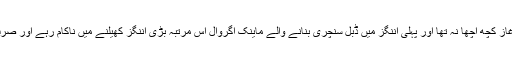
میزبان ٹیم کی دوسری اننگز کا آغاز کچھ اچھا نہ تھا اور پہلی اننگز میں ڈبل سنچری بنانے والے ماینک اگروال اس مرتبہ بڑی اننگز کھیلنے میں ناکام رہے اور صرف 7رنز بنا کر پویلین لوٹ گئے۔